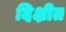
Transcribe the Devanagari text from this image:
दिक्षीत